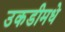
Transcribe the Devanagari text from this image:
उकडीमधे